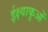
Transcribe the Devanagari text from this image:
ईक्ष्वाकुओं